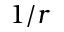
1 / r